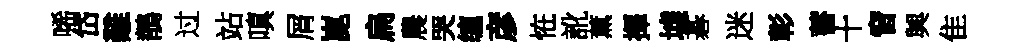
唏岱難鶺过站嗔屑崑扁農哭缠彦恠訛薰擇墟碁迷彰蓄十窅興隹